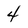
Character: 4